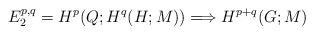
LaTeX: \begin{align*}E_2^{p,q} = H^p(Q;H^q(H;M)) \Longrightarrow H^{p+q}(G;M)\end{align*}